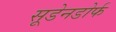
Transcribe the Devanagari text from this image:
सूडेनडोर्फ